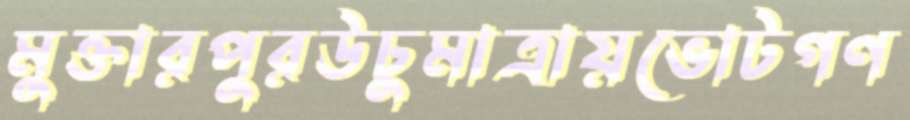
মুক্তারপুরউচুমাত্রায়ভোটগণ